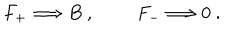
LaTeX: F _ { + } \Longrightarrow B \ , \qquad \ F _ { - } \Longrightarrow 0 \ .